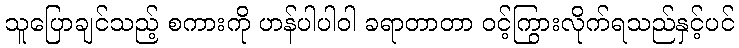
သူပြောချင်သည့် စကားကို ဟန်ပါပါဝါ ခရာတာတာ ဝင့်ကြွားလိုက်ရသည်နှင့်ပင်